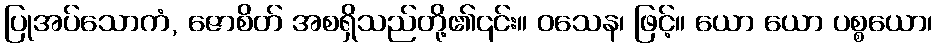
ပြုအပ်သောကံ, ဇောစိတ် အစရှိသည်တို့၏၎င်း။ ဝသေန၊ ဖြင့်။ ယော ယော ပစ္စယော၊